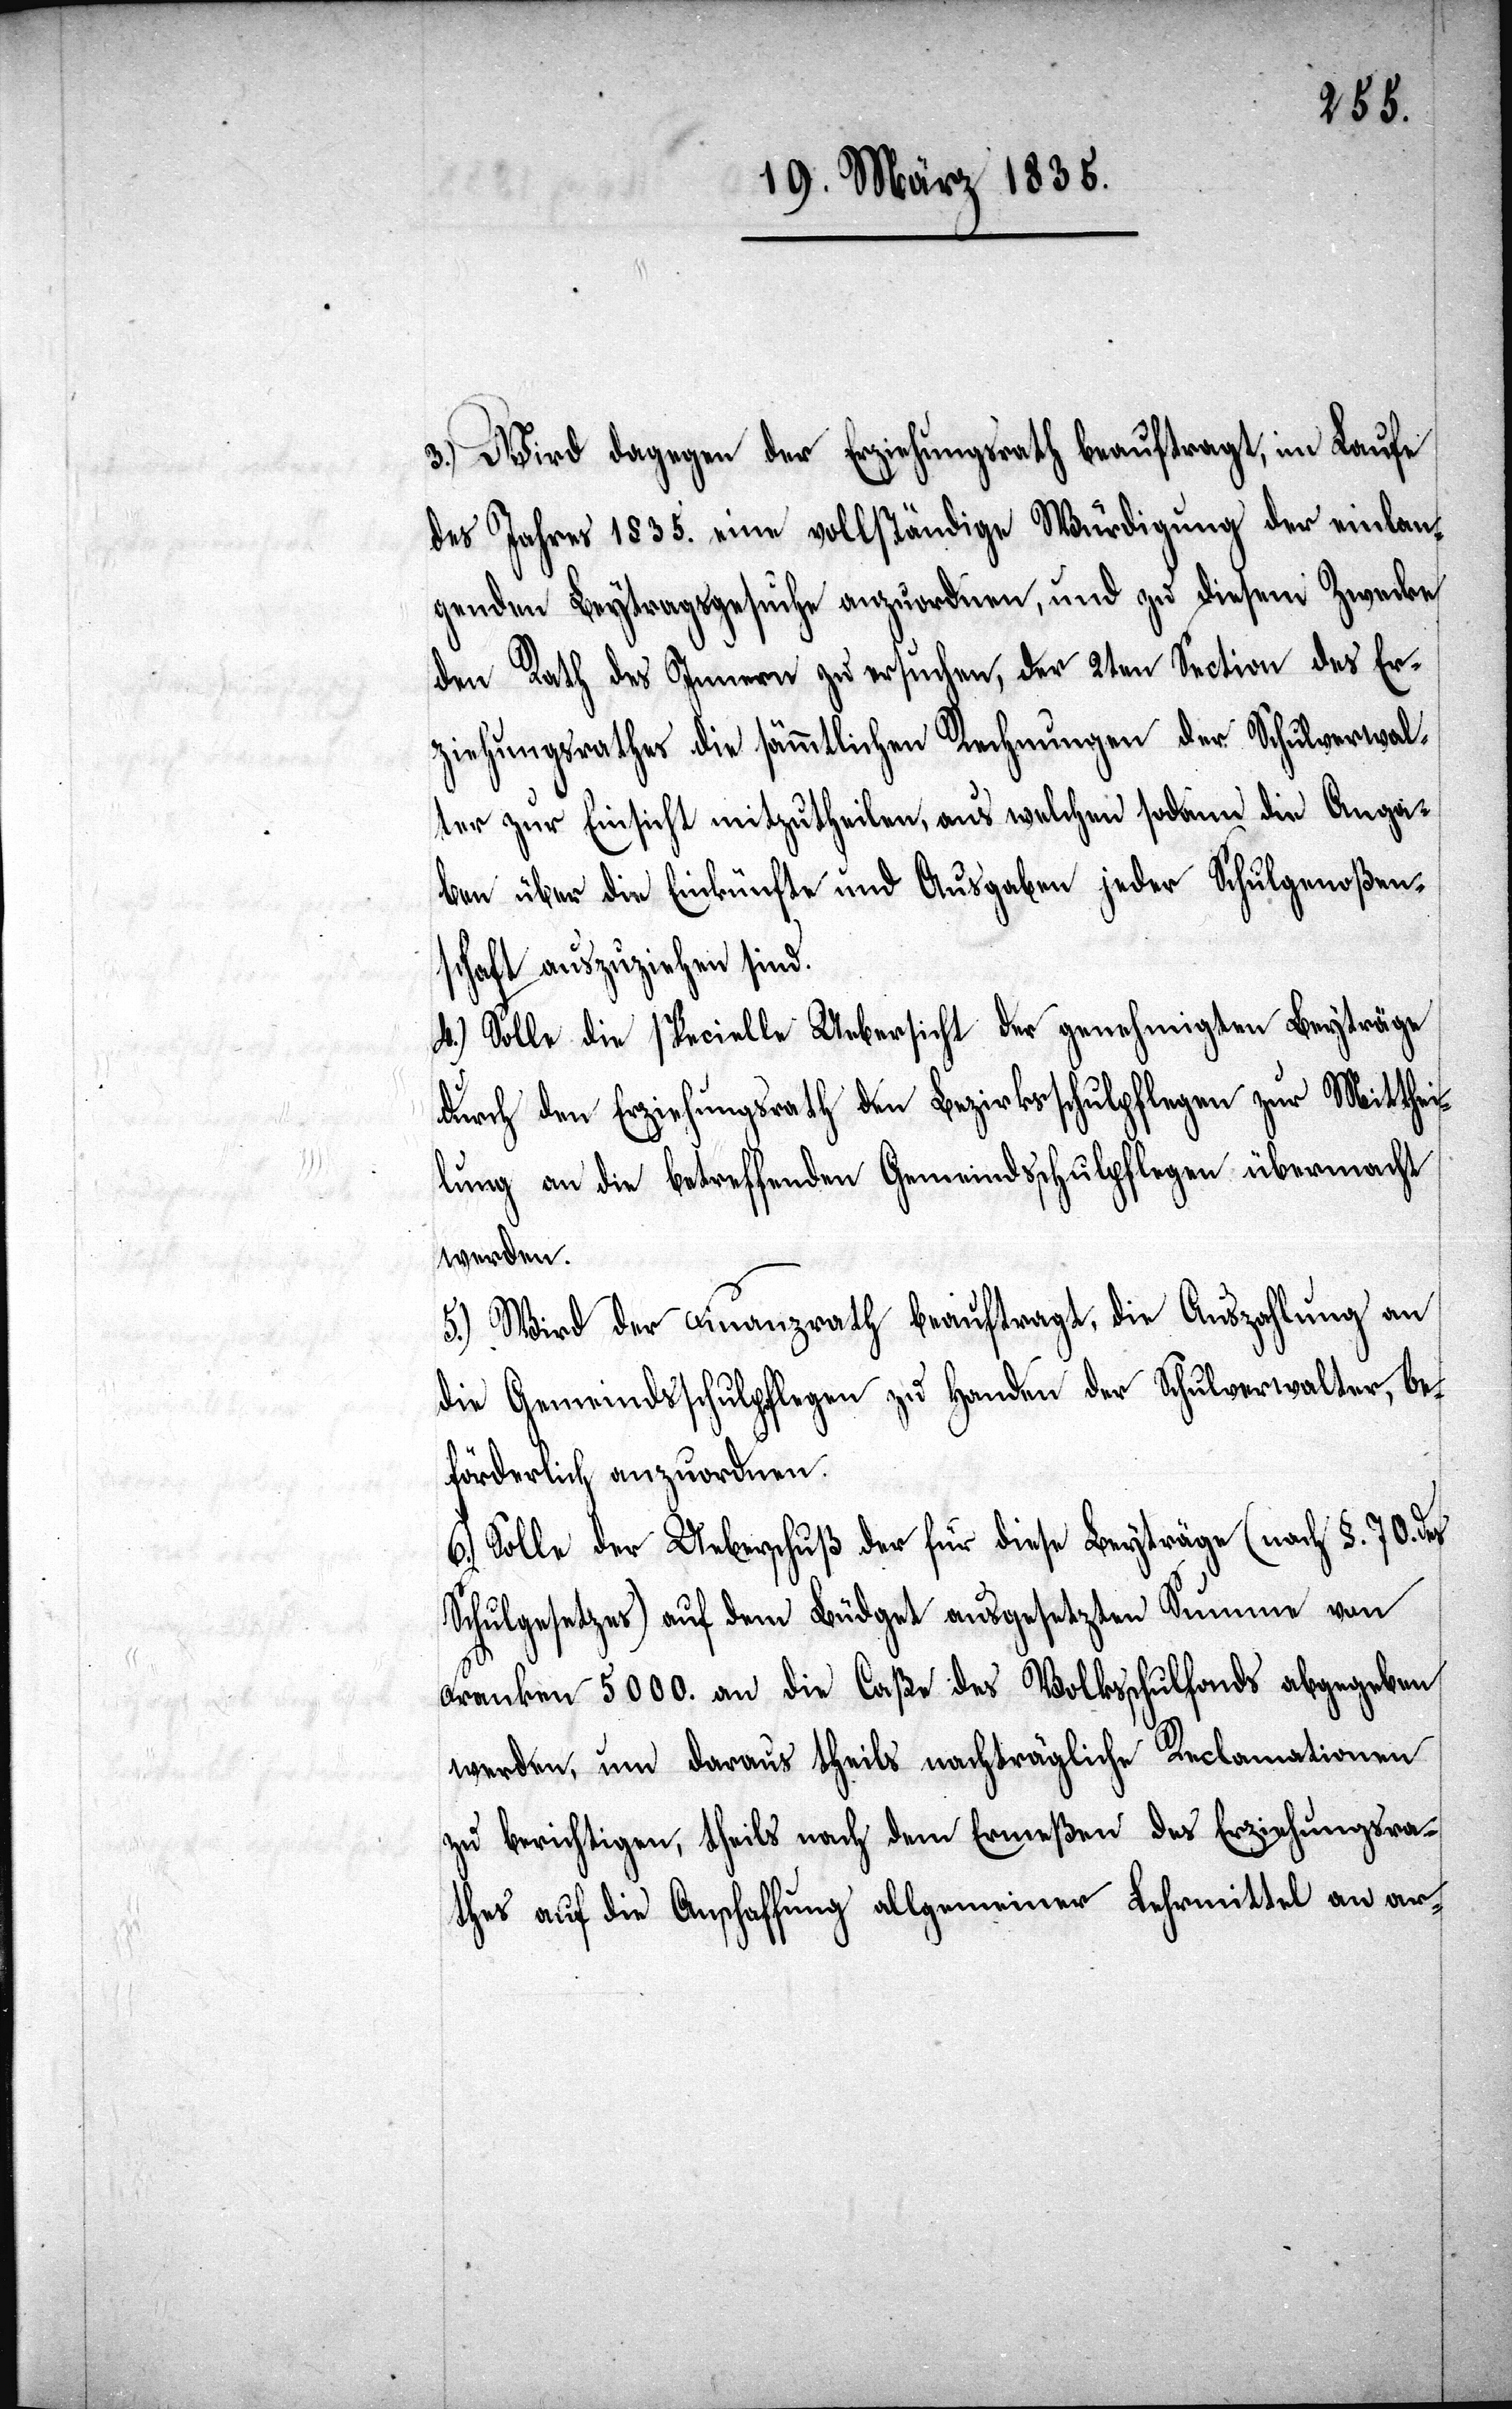
3.) Wird dagegen der Erziehungsrath beauftragt, im Laufe
des Jahre 1835. eine vollständige Würdigung der einlan¬
genden Beytragsgesuche anzuordnen, und zu diesem Zwecke
den Rath des Innern zu ersuchen, der 2ten Section des Er¬
ziehungsrathes die sämmtlichen Rechnungen der Schulverwalt¬
er zur Einsicht mitzutheilen, aus welchen sodann die Anga¬
ben über die Einkünfte und Ausgaben jeder Schulgenoßen¬
schaft auszuziehen sind.
4.) Solle die specielle Uebersicht der genehmigten Beyträge
durch den Erziehungsrath den Bezirksschulpflegen zur Mitthei¬
lung an die betreffenden Gemeindschulpflegen übermacht
werden.
5.) Wird der Finanzrath beauftragt, die Auszahlung an
die Gemeindsschulpflegen zu Handen der Schulverwalter, be¬
förderlich anzuordnen.
6.) Solle der Ueberschuß der für diese Beyträge (nach §. 70. des
Schulgesetzes) auf dem Büdget ausgesetzten Summe von
Franken 5000. an die Caße des Volksschulfonds abgegeben
werden, um daraus theils nachträgliche Reclamationen
zu berichtigen, theils nach dem Ermeßen des Erziehungsra¬
thes auf die Anschaffung allgemeiner Lehrmittel an ar-